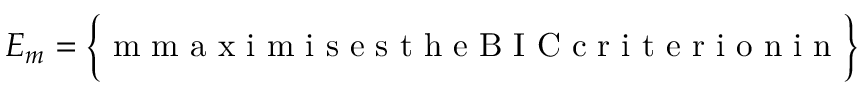
E _ { m } = \Big \{ \mathrm { ~ m ~ m ~ a ~ x ~ i ~ m ~ i ~ s ~ e ~ s ~ t ~ h ~ e ~ B ~ I ~ C ~ c ~ r ~ i ~ t ~ e ~ r ~ i ~ o ~ n ~ i ~ n ~ } \Big \}